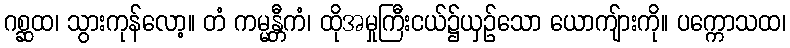
ဂစ္ဆထ၊ သွားကုန်လော့။ တံ ကမ္မန္တီကံ၊ ထိုအမှုကြီးငယ်၌ယှဉ်သော ယောကျ်ားကို။ ပက္ကောသထ၊